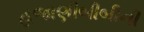
હજાણીબીબીની